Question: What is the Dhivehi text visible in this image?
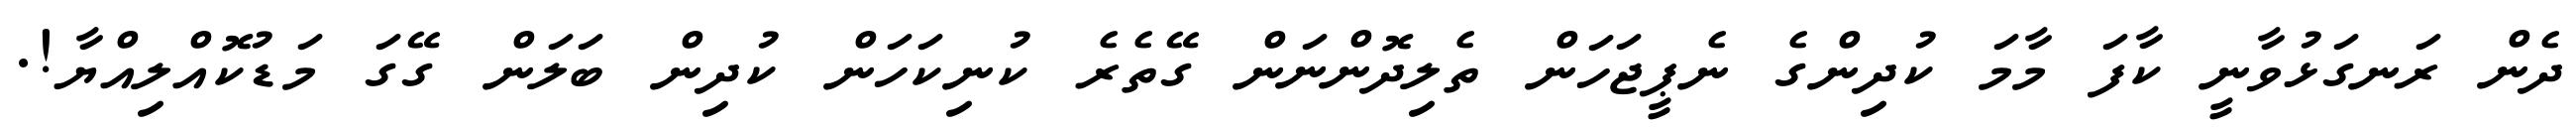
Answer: ދެން ރަނގަޅުވާނީ ކާފަ މާމަ ކުދިންގެ ނެޕީޖަހަން ތެލިދޮންނަން ގޭތެރެ ކުނިކަހަން ކުދިން ބަލަން ގޭގަ މަޑުކޮއްލިއްޔާ!.